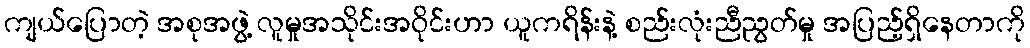
ကျယ်ပြောတဲ့ အစုအဖွဲ့ လူမှုအသိုင်းအဝိုင်းဟာ ယူကရိန်းနဲ့ စည်းလုံးညီညွတ်မှု အပြည့်ရှိနေတာကို